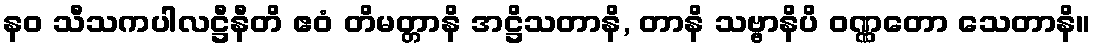
နဝ သီသကပါလဋ္ဌီနီတိ ဧဝံ တိမတ္တာနိ အဋ္ဌိသတာနိ, တာနိ သဗ္ဗာနိပိ ဝဏ္ဏတော သေတာနိ။